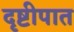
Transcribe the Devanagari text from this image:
दृष्टीपात